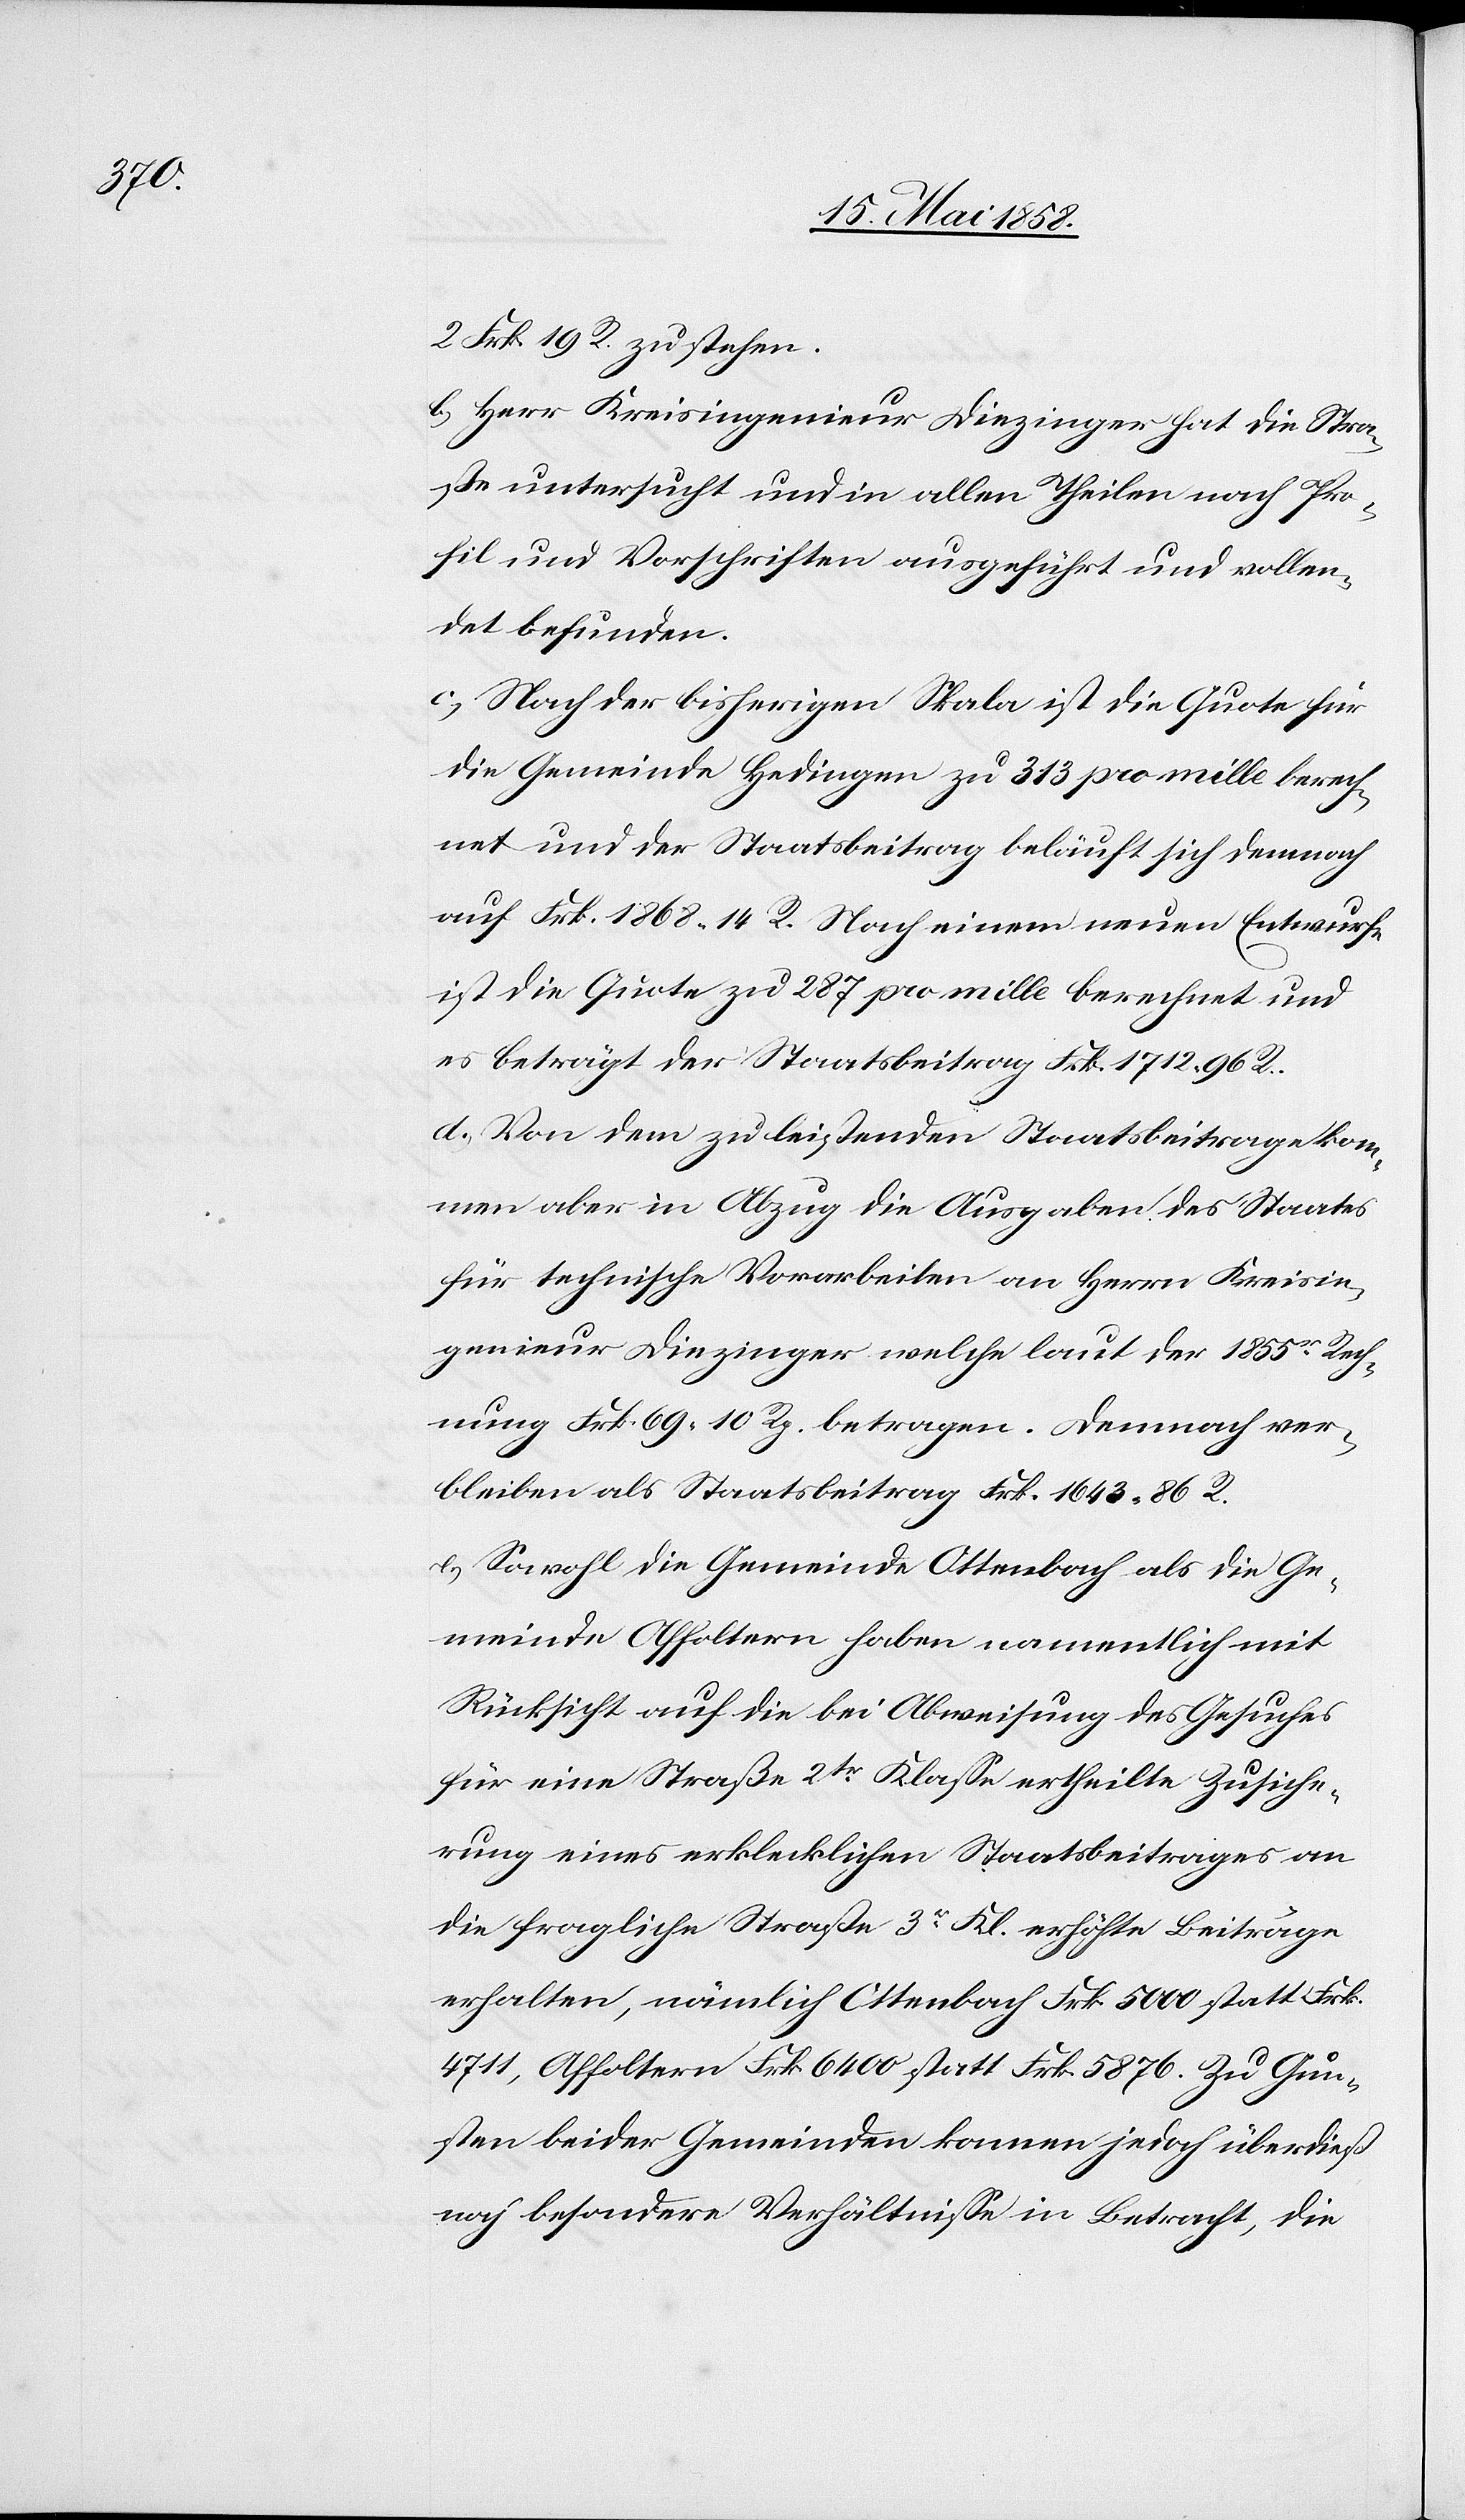
2 Frk. 19 Rp. zu stehen.
b) Herr Kreisingenieur Diezinger hat die Stra¬
ße untersucht und in allen Theilen nach Pro¬
fil und Vorschriften ausgeführt und vollen¬
det befunden.
c) Nach der bisherigen Skala ist die Quote für
die Gemeinde Hedingen zu 313 pro mille berech¬
net und der Staatsbeitrag beläuft sich demnach
auf Frk. 1868 14 R. Nach einem neuen Entwurfe
ist die Quote zu 287 pro mille berechnet und
es beträgt der Staatsbeitrag Frk. 1712 96 R.
d) Von dem zu leistenden Staatsbeitrage kom¬
men aber in Abzug die Ausgaben des Staates
für technische Vorarbeiten an Herrn Kreisin¬
genieur Diezinger welche laut der 1855er Rech¬
nung Frk. 69 10 Rp. betragen. Demnach ver¬
bleiben als Staatsbeitrag Frk. 1643 86 R.
e) Sowohl die Gemeinde Ottenbach als die Ge¬
meinde Affoltern haben namentlich mit
Rücksicht auf die bei Abweisung des Gesuches
für eine Straße 2tr Klasse ertheilte Zusiche¬
rung eines erklecklichen Staatsbeitrages an
die fragliche Straße 3r Kl. erhöhte Beiträge
erhalten, nämlich Ottenbach Frk. 5000 statt Frk.
4711, Affoltern Frk. 6400 statt Frk. 5876. Zu Gun¬
sten beider Gemeinden kamen jedoch überdieß
noch besondere Verhältnisse in Betracht, die